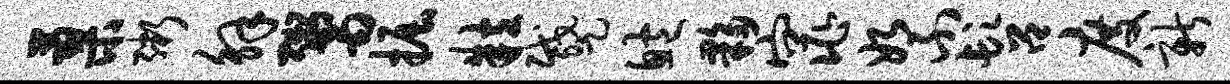
蓼粥解鬻掘粒蹙鲍夥窕絮髫度新